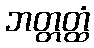
ဘတ္တတ္ထံ